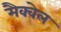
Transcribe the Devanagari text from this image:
मैक्वेल